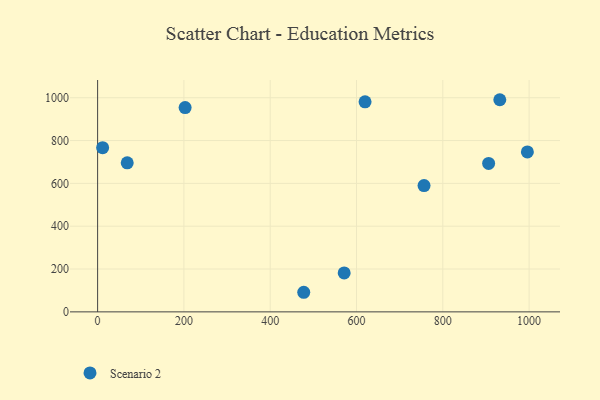
{"axis": {"x": "Distance", "y": "Exam Score"}, "legend": ["Scenario 2"], "data": [{"x": "996.0", "y": 746.7, "type": "Scenario 2"}, {"x": "571.4", "y": 182.0, "type": "Scenario 2"}, {"x": "11.6", "y": 766.9, "type": "Scenario 2"}, {"x": "619.8", "y": 981.0, "type": "Scenario 2"}, {"x": "906.2", "y": 693.4, "type": "Scenario 2"}, {"x": "932.1", "y": 990.7, "type": "Scenario 2"}, {"x": "756.5", "y": 589.7, "type": "Scenario 2"}, {"x": "68.6", "y": 695.9, "type": "Scenario 2"}, {"x": "477.7", "y": 91.5, "type": "Scenario 2"}, {"x": "202.8", "y": 954.1, "type": "Scenario 2"}]}